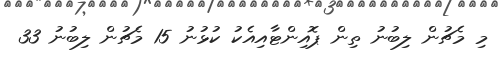
މި މެޗުން ލިބުނު ތިން ޕޮއިންޓާއިއެކު ކުޅުނު 15 މެޗުން ލިބުނު 33